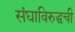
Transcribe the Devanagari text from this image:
संघाविरुद्धची